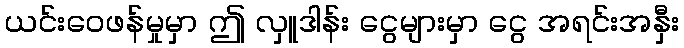
ယင်းဝေဖန်မှုမှာ ဤ လှူဒါန်း ငွေများမှာ ငွေ အရင်းအနှီး